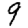
Digit: 9